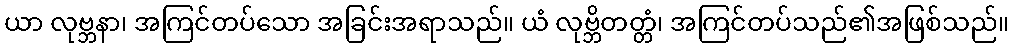
ယာ လုဗ္ဘနာ၊ အကြင်တပ်သော အခြင်းအရာသည်။ ယံ လုဗ္ဘိတတ္တံ၊ အကြင်တပ်သည်၏အဖြစ်သည်။